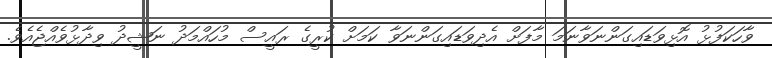
ވާހަކަފުޅު އޮޅިވަޑައިގަންނަވާނަމަ މާފަށް އެދިވަޑައިގަންނަވާ ކަމަށް ކުރީގެ ރައީސް މުހައްމަދު ނަޝީދު ވިދާޅުވެއްޖެއެވެ.